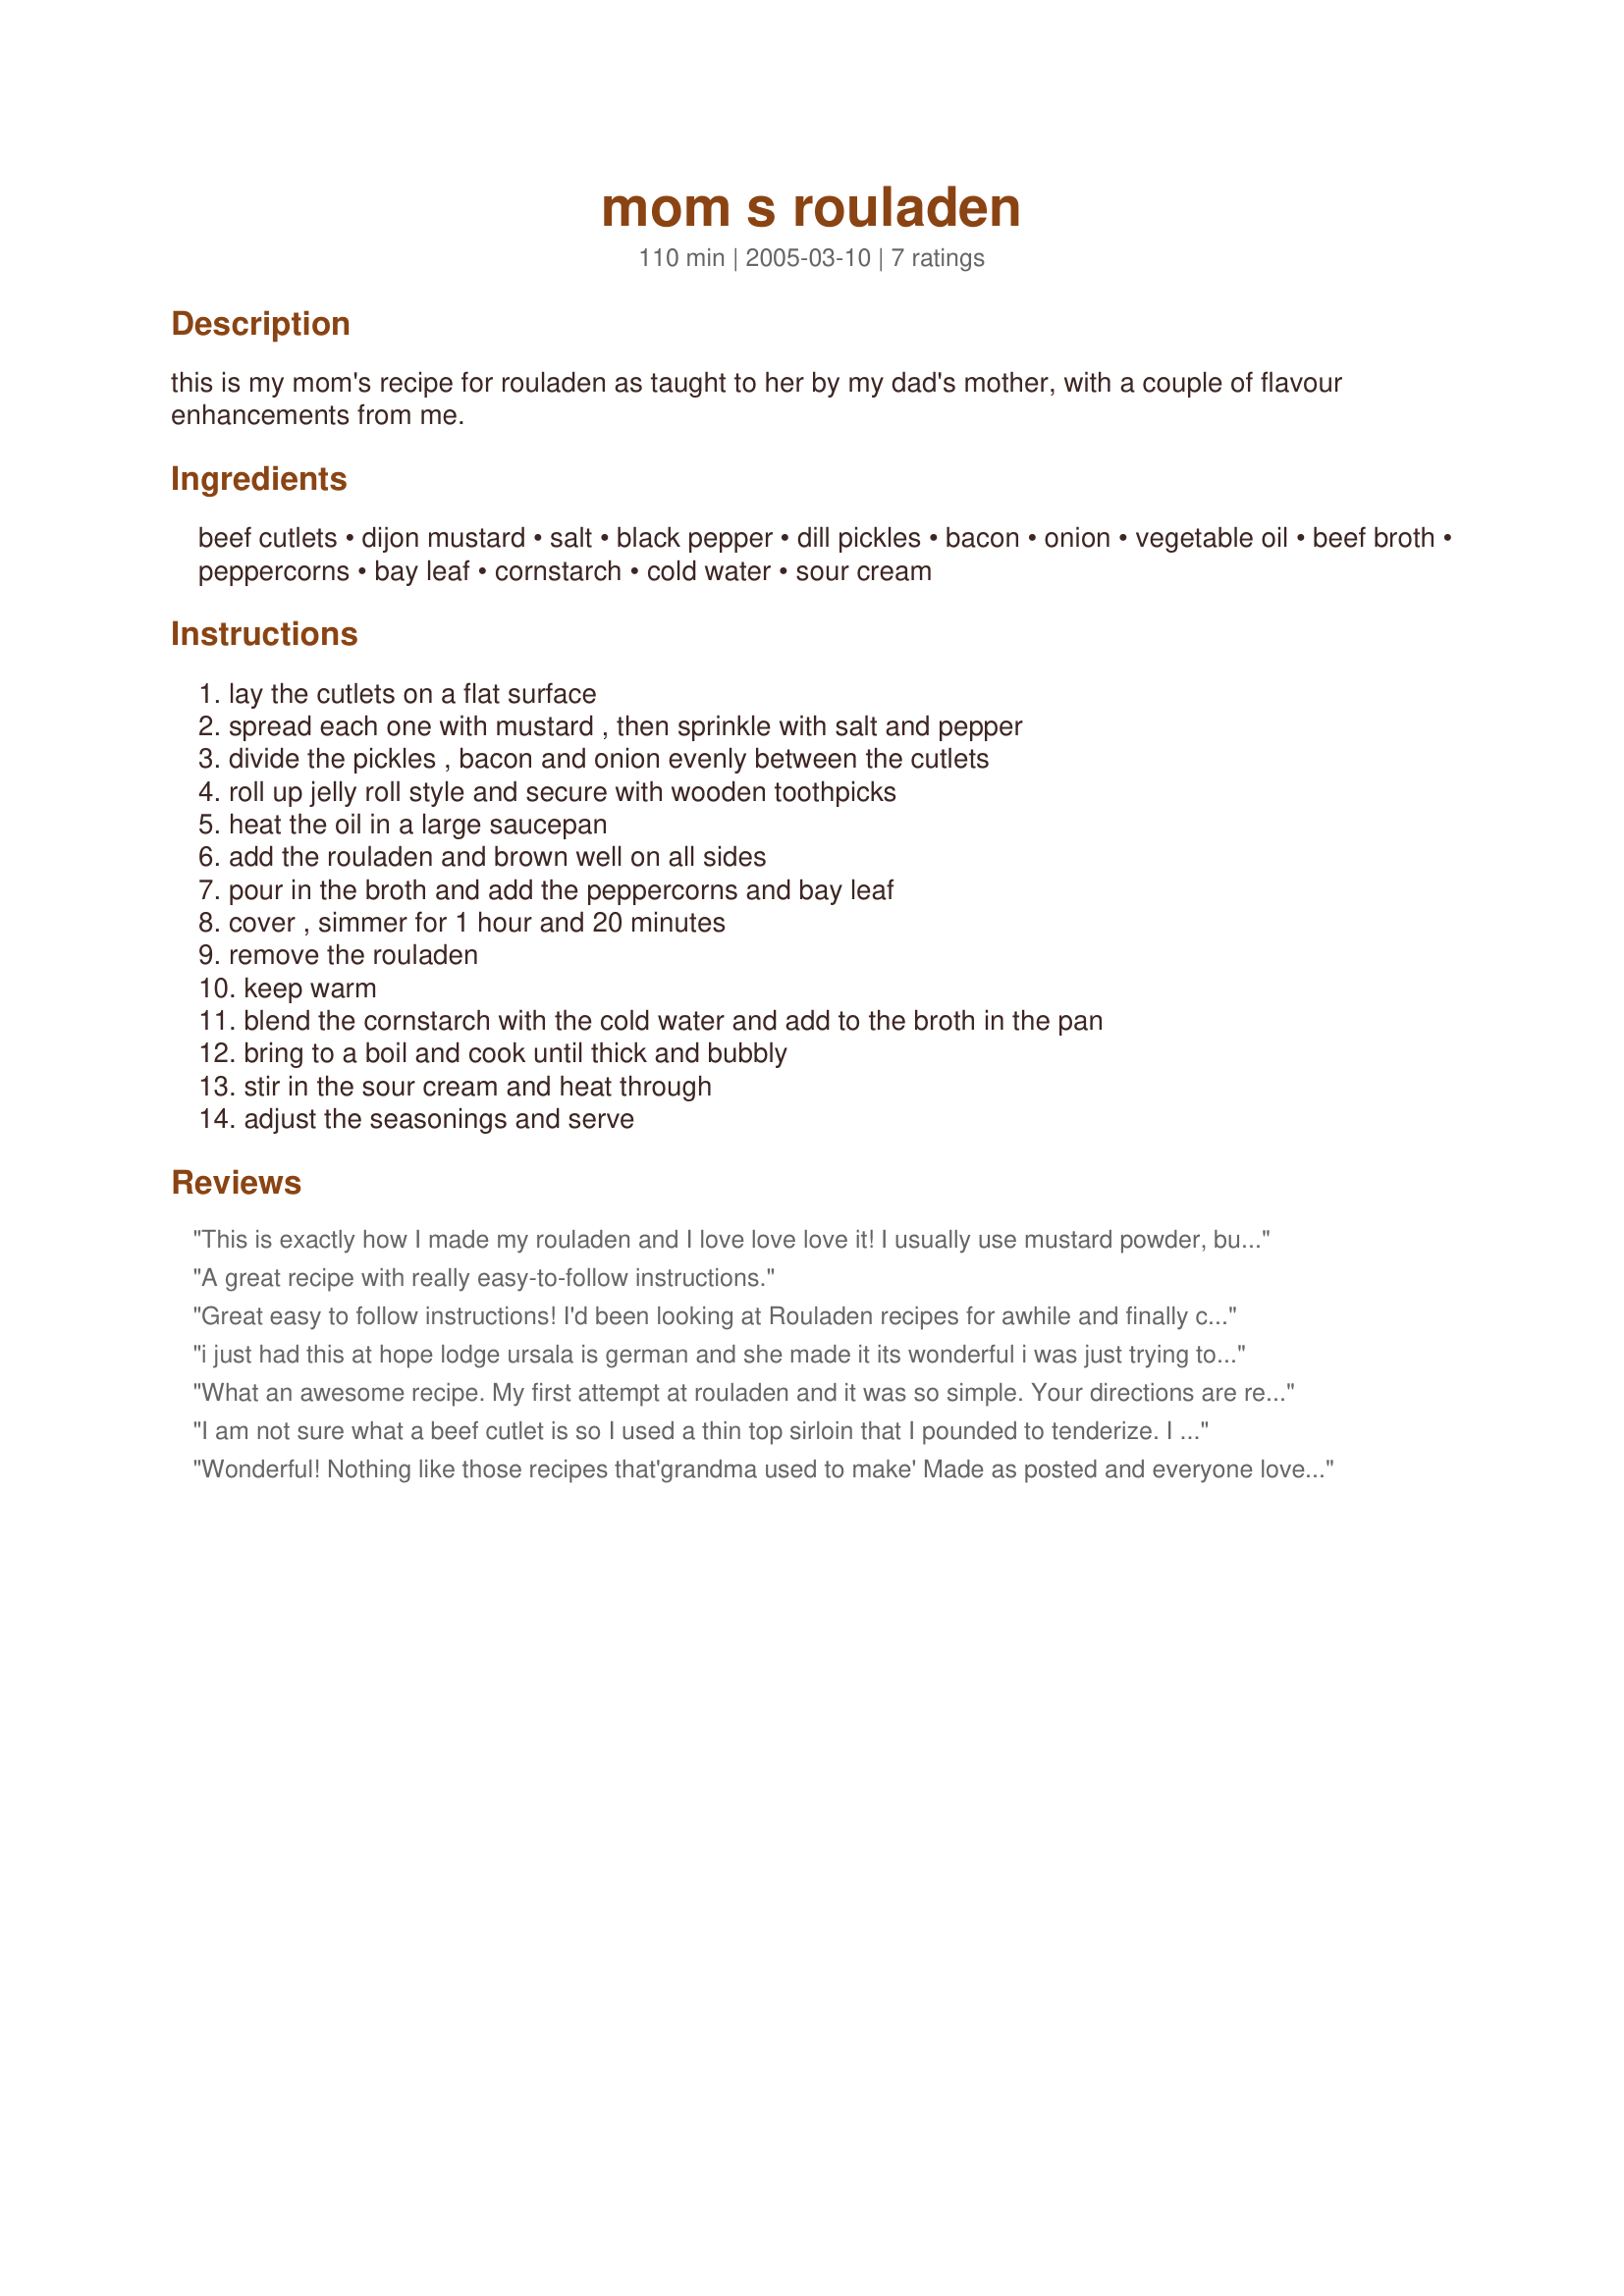
mom s rouladen
Preparation time: 110 minutes

this is my mom's recipe for rouladen as taught to her by my dad's mother, with a couple of flavour enhancements from me.

Ingredients:
beef cutlets, dijon mustard, salt, black pepper, dill pickles, bacon, onion, vegetable oil, beef broth, peppercorns, bay leaf, cornstarch, cold water, sour cream

Steps:
lay the cutlets on a flat surface, spread each one with mustard , then sprinkle with salt and pepper, divide the pickles , bacon and onion evenly between the cutlets, roll up jelly roll style and secure with wooden toothpicks, heat the oil in a large saucepan, add the rouladen and brown well on all sides, pour in the broth and add the peppercorns and bay leaf, cover , simmer for 1 hour and 20 minutes, remove the rouladen, keep warm, blend the cornstarch with the cold water and add to the broth in the pan, bring to a boil and cook until thick and bubbly, stir in the sour cream and heat through, adjust the seasonings and serve

Reviews:
This is exactly how I made my rouladen and I love love love it! I usually use mustard powder, but I'm definitely going to try the dijon mustard! I brown my rouladen deglaze with stock, then pop it in the slow cooker to finish.
A great recipe with really easy-to-follow instructions.
Great easy to follow instructions! I'd been looking at Rouladen recipes for awhile and finally choose this one. Good Stuff! My wife thought it was just on the borderline of being a little salty. So, the next time, we decided that we'd use low-sodium bacon and cut back on the seasonings while prepping the rolls. I'm going to fix it for my mother when she visits at Christmas - now THAT should be the challenge.
 i just had this at hope lodge ursala is german and she made it its wonderful i was just trying to figure out how to get the recipe lol THANK YOU for posting ths everyone should try it dee
What an awesome recipe. My first attempt at rouladen and it was so simple. Your directions are really clear and this is a super tasty recipe. Everyone loved this recipe, even a friend of mine who's mother is German. I think the Dijon mustard really adds to the flavour. Definite make again!
I am not sure what a beef cutlet is so I used a thin top sirloin that I pounded to tenderize. I loved the flavors, tasted authentically German. The gravy was delicious - made me wish I had made some egg noodles as well. When my mother would make this recipe when I was young, she would use beef cube steaks (they are pre-tenderized by the butcher) and just the beef broth. My 11 yo daughter loved this as well, pickle and all. I really preferred your gravy. I think for next time, I will see if I can find these cube steaks around here.
Wonderful! Nothing like those recipes that'grandma used to make' Made as posted and everyone loved it. Can't wait to be serving this to guests, it looks so appealing presented on a white platter surrounded by that lovely sauce. Thank you Irmgard, for the of sharing your family recipe.
